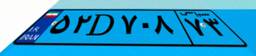
۵۲D۷۰۸۷۳